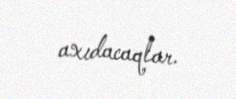
axıdacaqlar.